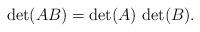
LaTeX: \begin{align*}\det (AB) = \det (A) \, \det (B).\end{align*}